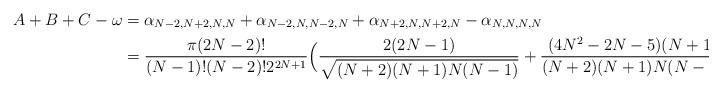
LaTeX: \begin{align*}A+B+C-\omega & = \alpha_{N-2,N+2,N,N} + \alpha_{N-2,N,N-2,N} + \alpha_{N+2,N,N+2,N} - \alpha_{N,N,N,N} \\& = \frac{\pi(2N-2)!}{(N-1)! (N-2)! 2^{2N+1}} \Big(\frac{2(2N-1)}{\sqrt{(N+2)(N+1)N(N-1)}} +\frac{(4N^2-2N-5)(N+1)}{(N+2)(N+1)N(N-1)} \Big).\end{align*}